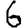
Digit: 6